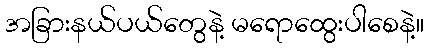
အခြားနယ်ပယ်တွေနဲ့ မရောထွေးပါစေနဲ့။